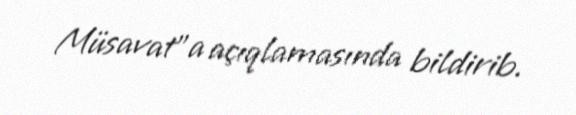
Müsavat”a açıqlamasında bildirib.